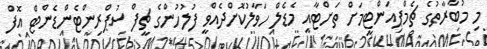
މި މުބާރާތުގެ ޗެމްޕިއަންޓީމަށް ތަށްޓާއި މެޑެލް ހަވާލުކޮށްދެއްވީ ފުލުހުންގެ ޗީފް ސުޕްރިންޓެންޑެންޓް އޮފް